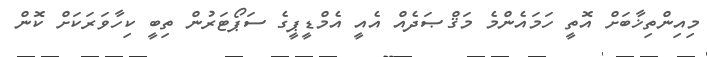
މިއިންތިޚާބަށް އޮތީ ހަމައެންމެ މަޤްޞަދެއް އެއީ އެމްޑީޕީގެ ސަޕޯޓަރުން ތިބީ ކިހާވަރަކަށް ކޮން